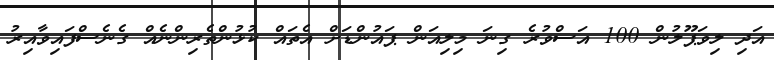
އަދި ލިވަޕޫލުން 100 އަސްވުރެ ގިނަ މިލިއަން ޕައުންޑަށް އެތައް ކުޅުންތެރިންނެއް ގެނެސްފައިވާއިރު